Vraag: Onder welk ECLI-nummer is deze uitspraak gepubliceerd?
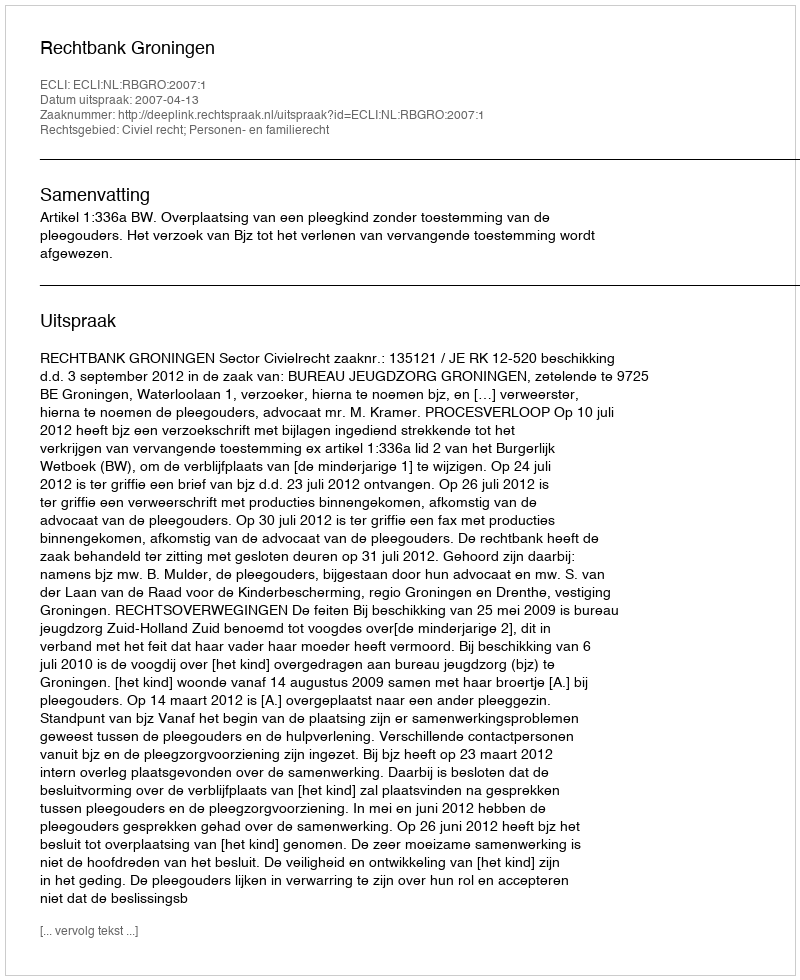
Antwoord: ECLI:NL:RBGRO:2007:1